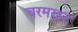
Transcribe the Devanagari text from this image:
चरमरहट